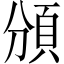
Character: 頒